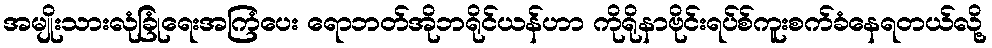
အမျိုးသားလုံခြုံရေးအကြံပေး ရောဘတ်အိုဘရိုင်ယန်ဟာ ကိုရိုနာဗိုင်းရပ်စ်ကူးစက်ခံနေရတယ်လို့